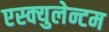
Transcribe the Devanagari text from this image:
एस्क्युलेन्टम